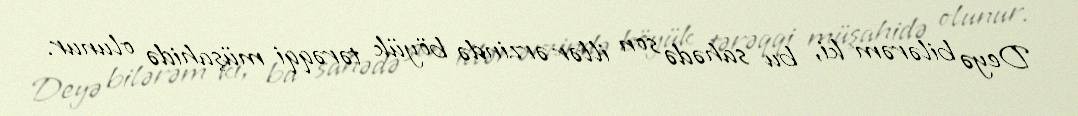
Deyə bilərəm ki, bu sahədə son illər ərzində böyük tərəqqi müşahidə olunur.